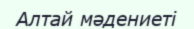
Алтай мәдениеті